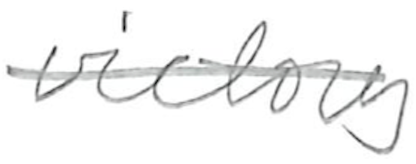
Text: victory
Cross-out: single-line
Writing tool: pencil